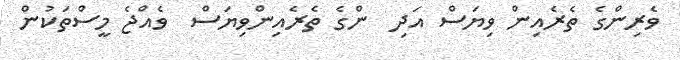
ވެރިންގެ ތެރެއިން ވިޔަސް އަދި  ންގެ ތެރެއިންވިޔަސް  ވެއްޖެ މީސްތަކުން